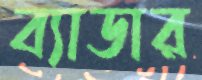
ব্যাডার